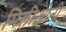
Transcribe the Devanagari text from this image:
मिलीओनी